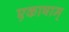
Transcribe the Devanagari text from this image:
एकाषाम्